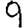
Digit: 9